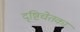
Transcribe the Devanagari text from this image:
दृष्टिचेतकां